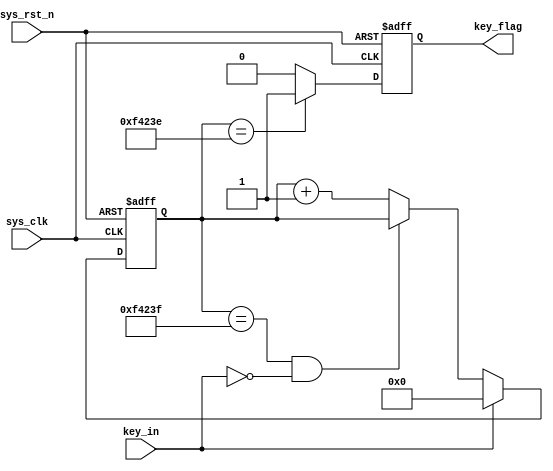
`timescale  1ns/1ns
////////////////////////////////////////////////////////////////////////
// Author        : 
// Create Date   : 
// Module Name   : key_filter
// Project Name  : 
// Target Devices: Altera EP4CE10F17C8N
// Tool Versions : Quartus 13.0
// Description   : 
//
// Revision      : V1.0
// Additional Comments:
// 
////////////////////////////////////////////////////////////////////////

module  key_filter
#(
    parameter CNT_MAX = 20'd999_999 //
)
(
    input   wire    sys_clk     ,   //50Mhz
    input   wire    sys_rst_n   ,   //
    input   wire    key_in      ,   //

    output  reg     key_flag        //key_flag1
                                    //key_flag0
);

//********************************************************************//
//****************** Parameter and Internal Signal *******************//
//********************************************************************//
//reg   define
reg     [19:0]  cnt_20ms    ;   //

//********************************************************************//
//***************************** Main Code ****************************//
//********************************************************************//

//cnt_20ms:
always@(posedge sys_clk or negedge sys_rst_n)
    if(sys_rst_n == 1'b0)
        cnt_20ms <= 20'b0;
    else    if(key_in == 1'b1)
        cnt_20ms <= 20'b0;
    else    if(cnt_20ms == CNT_MAX && key_in == 1'b0)
        cnt_20ms <= cnt_20ms;
    else
        cnt_20ms <= cnt_20ms + 1'b1;

//key_flag:20ms
//key_flag999_999,
always@(posedge sys_clk or negedge sys_rst_n)
    if(sys_rst_n == 1'b0)
        key_flag <= 1'b0;
    else    if(cnt_20ms == CNT_MAX - 1'b1)
        key_flag <= 1'b1;
    else
        key_flag <= 1'b0;

endmodule